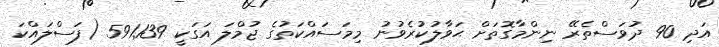
އަދި 90 ދުވަސްތެރޭ ނިންމާގޮތަށް ޙަވާލުކުރެވުނު މިމަސައްކަތުގެ ޖުމްލަ އަގަކީ 591